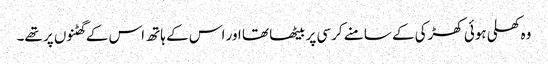
وہ کھلی ہوئی کھڑکی کے سامنے کرسی پر بیٹھا تھا اور اس کے ہاتھ اس کے گھٹنوں پر تھے۔